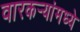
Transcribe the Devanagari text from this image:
वारकर्‍यांमध्ये